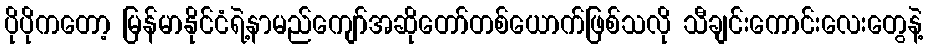
ပိုပိုကတော့ မြန်မာနိုင်ငံရဲ့နာမည်ကျော်အဆိုတော်တစ်ယောက်ဖြစ်သလို သီချင်းကောင်းလေးတွေနဲ့